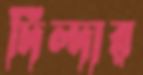
দিল্‌দার